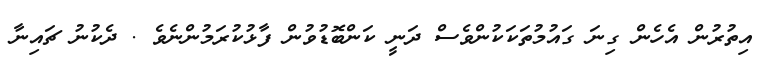
އިތުރުން އެހެން ގިނަ ގައުމުތަކަކުންވެސް ދަނީ ކަންބޮޑުވުން ފާޅުކުރަމުންނެވެ . ދެކުނު ޗައިނާ